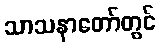
သာသနာတော်တွင်